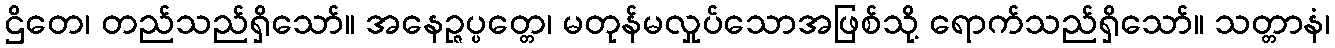
ဌိတေ၊ တည်သည်ရှိသော်။ အနေဉ္ဇပ္ပတ္တေ၊ မတုန်မလှုပ်သောအဖြစ်သို့ ရောက်သည်ရှိသော်။ သတ္တာနံ၊